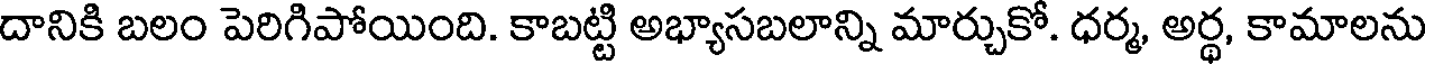
దానికి బలం పెరిగిపోయింది. కాబట్టి అభ్యాసబలాన్ని మార్చుకో. ధర్మ, అర్థ, కామాలను